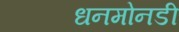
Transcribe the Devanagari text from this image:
धनमोनडी